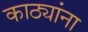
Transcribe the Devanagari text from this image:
काठ्यांना